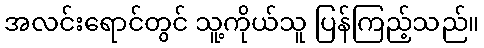
အလင်းရောင်တွင် သူ့ကိုယ်သူ ပြန်ကြည့်သည်။